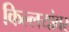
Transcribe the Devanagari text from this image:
किल्लयांवर